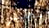
بخير